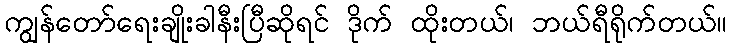
ကျွန်တော်ရေးချိုးခါနီးပြီဆိုရင် ဒိုက် ထိုးတယ်၊ ဘယ်ရီရိုက်တယ်။